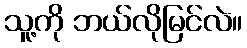
သူ့ကို ဘယ်လိုမြင်လဲ။